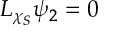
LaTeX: L _ { \chi _ { S } } \psi _ { 2 } = 0